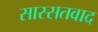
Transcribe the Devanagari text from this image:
सास्सतवाद